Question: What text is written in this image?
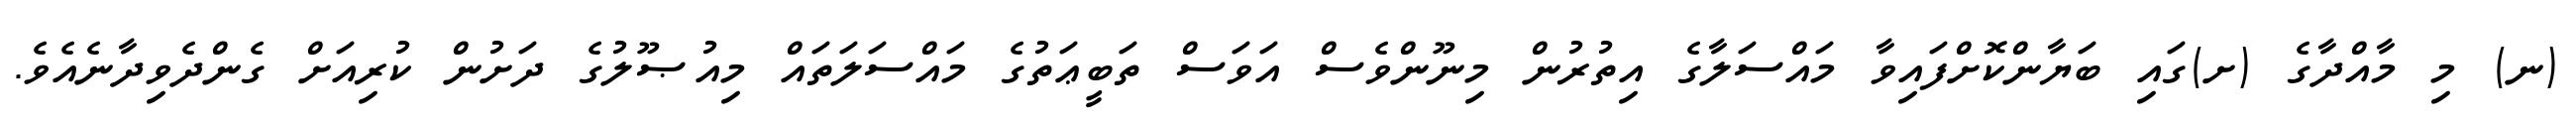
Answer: (ނ) މި މާއްދާގެ (ށ)ގައި ބަޔާންކޮށްފައިވާ މައްސަލާގެ އިތުރުން މިނޫންވެސް އަވަސް ތަބީޢަތުގެ މައްސަލަތައް މިއުޞޫލުގެ ދަށުން ކުރިއަށް ގެންދެވިދާނެއެވެ.